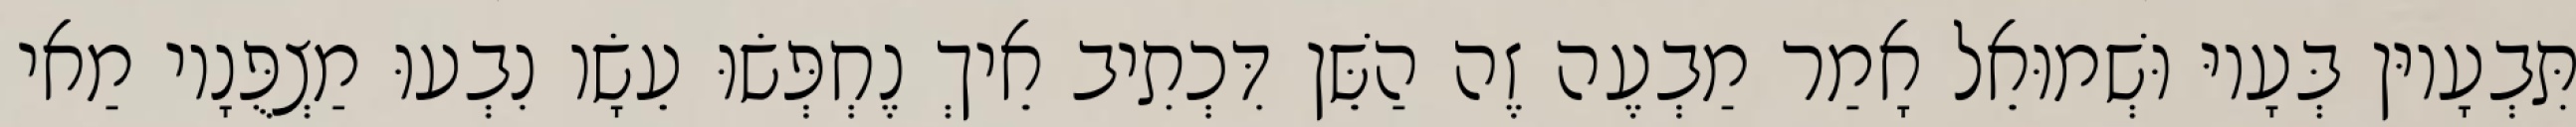
תִּבְעָיוּן בְּעָיוּ וּשְׁמוּאֵל אָמַר מַבְעֶה זֶה הַשֵּׁן דִּכְתִיב אֵיךְ נֶחְפְּשׂוּ עֵשָׂו נִבְעוּ מַצְפֻּנָיו מַאי